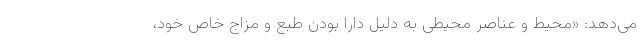
می‌دهد: «محیط و عناصر محیطی به دلیل دارا بودن طبع و مزاج خاص خود،